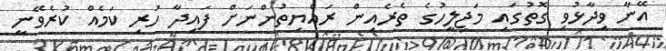
އޭނާ ވިދާޅުވި ގޮތުގައި މަޖިލީހުގެ ތެރެއިން ރައްޔިތުންނަށް ފައިދާ ހުރި ކަމެއް ކުރެވޭނީ